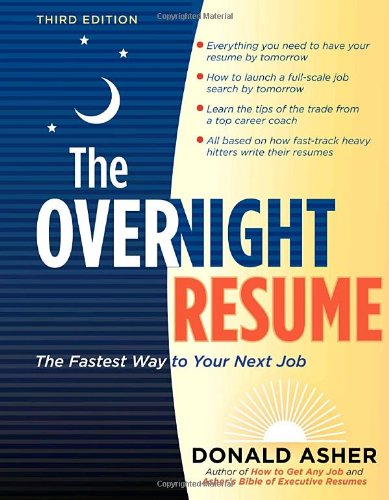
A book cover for The Overnight Resume, 3rd Edition: The Fastest Way to Your Next Job (Overnight Resume: The Fastest Way to Your Next Job); Donald Asher; Business & Money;